Madras plague regulations in force outside the Presidency town - Volume 3
Disease focus: Plague
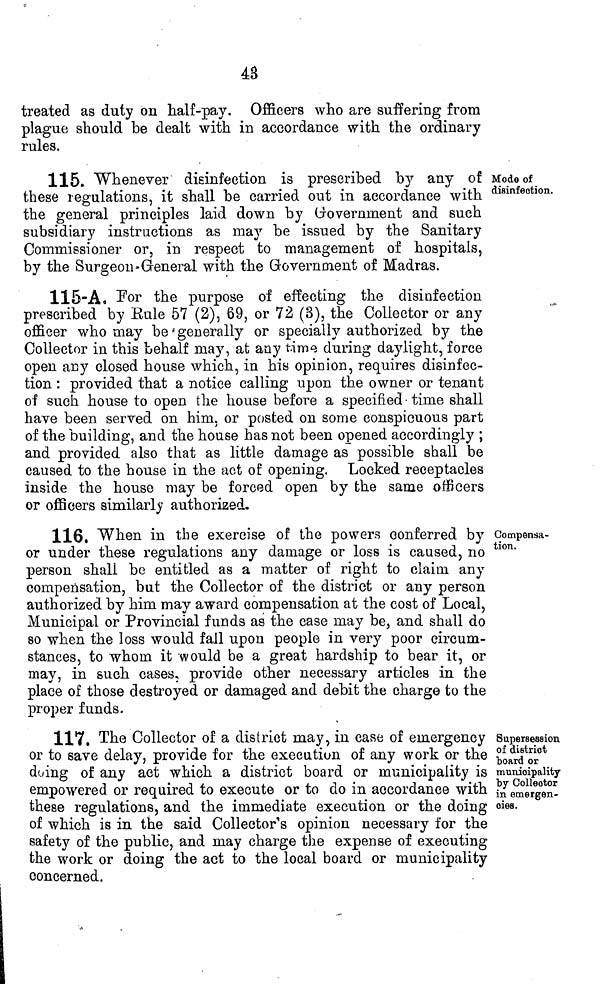
48
treated as duty on half-pay. Officers who are suffering from
plague should be dealt with in accordance with the ordinary
rules.
115. Whenever disinfection is prescribed by any of
these regulations, it shall be carried out in accordance with
the general principles laid down by Government and such
subsidiary instructions as may be issued by the Sanitary
Commissioner or, in respect to management of hospitals,
by the Surgeon-General with the Government of Madras.
Mode of
disinfection.
115-A. For the purpose of effecting the disinfection
prescribed by Eule 57 (2), 69, or 72 (3), the Collector or any
officer who may be generally or specially authorized by the
Collector in this behalf may, at any time during daylight, force
open any closed house which, in his opinion, requires disinfec-
tion : provided that a notice calling upon the owner or tenant
of such house to open the house before a specified • time shall
have been served on him. or posted on some conspicuous part
of the building, and the house has not been opened accordingly ;
and provided also that as little damage as possible shall be
caused to the house in the act of opening. Locked receptacles
inside the house may be forced open by the same officers
or officers similarly authorized.
116. When in the exercise of the powers conferred by
or under these regulations any damage or loss is caused, no
person shall be entitled as a matter of right to claim any
compensation, but the Collector of the district or any person
authorized by him may award compensation at the cost of Local,
Municipal or Provincial funds as the case may be } and shall do
so when the loss would fall upon people in very poor circum-
stances, to whom it would be a great hardship to bear it, or
may, in such cases, provide other necessary articles in the
place of those destroy eid or damaged and debit the charge to the
proper funds.
Compensa-
tion.
117. The Collector of a district may, in case of emergency
or to save delay, provide for the execution of any work or the
doing of any act which a district board or municipality is
empowered or required to execute or to do in accordance with
these regulations, and the immediate execution or the doing
of which is in the said Collector's opinion necessary for the
safety of the public, and may charge the expense of executing
the work or doing the act to the local board or municipality
concerned.
Supersession
of district
board or
municipality
by Collector
in emergen-
cies.